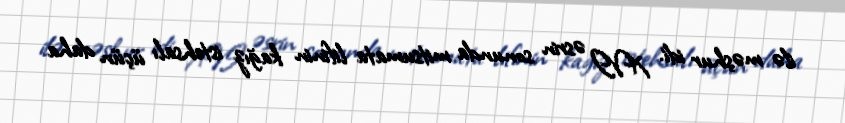
ilə məşhur idi. XVI əsrin sonunda mitsumata lifinin kağız istehsalı üçün daha